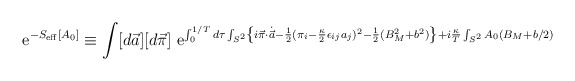
\begin{align*}{\rm ~e}^{ -S_{\rm eff}[A_0] } \equiv \int[d\vec a][d\vec \pi]{\rm ~e}^{ \int_0^{1/T} d \tau \int_{S^2} \left\{ i\vec\pi\cdot\dot{\vec a}-\frac{1}{2}(\pi_i-\frac{\kappa}{2}\epsilon_{ij}a_j)^2-\frac{1}{2}(B_M^2+b^2) \right\} + i\frac{\kappa}{T}\int_{S^2}A_0 \left( B_M+b/2 \right) }\end{align*}